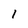
Character: 1